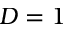
D = 1